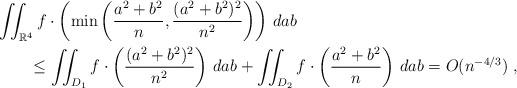
LaTeX: \begin{align*} & \iint_{\mathbb{R}^4} f\cdot\left(\min\left( \frac{a^2+b^2}{n},\frac{(a^2+b^2)^2}{n^2} \right)\right)\, dab\\ &\qquad\le \iint_{D_1} f \cdot \left(\frac{(a^2+b^2)^2}{n^2}\right) \, dab +\iint_{D_2} f\cdot\left(\frac{a^2+b^2}{n}\right)\, dab =O(n^{-4/3})\;,\end{align*}